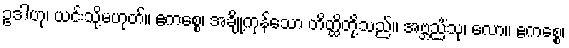
ဥဒါဟု၊ ယင်းသို့မဟုတ်။ ဧကစ္စေ၊ အချို့ကုန်သော တိတ္ထိတို့သည်။ အဗ္ဘညိံသု၊ လော။ ဧကစ္စေ၊